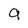
Character: 9